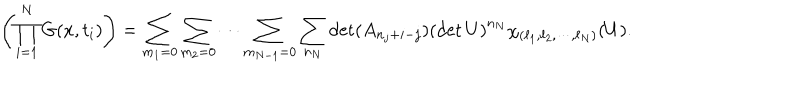
LaTeX: \left( \prod _ { i = 1 } ^ { N } G ( x , t _ { i } ) \right) = \sum _ { m _ { 1 } = 0 } \sum _ { m _ { 2 } = 0 } \cdots \sum _ { m _ { N - 1 } = 0 } \sum _ { n _ { N } } \det ( A _ { n _ { j } + i - j } ) \left( \det U \right) ^ { n _ { N } } \chi _ { ( \ell _ { 1 } , \ell _ { 2 } , \cdots , \ell _ { N } ) } ( U ) .